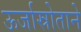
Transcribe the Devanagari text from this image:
ऊर्जास्रोताने